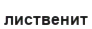
лиственит